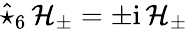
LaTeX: \widehat{\star}_{6}\, {\mathcal{H}}_{\pm}=\pm\mathrm{i}\, {\mathcal{H}}_{\pm}